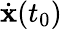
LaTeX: \dot{{\mathbf x}}(t_{0})